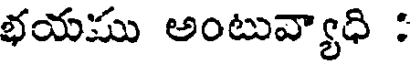
భయము అంటువ్యాధి :